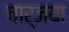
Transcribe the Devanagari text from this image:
चार्जया